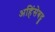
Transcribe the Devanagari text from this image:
अहिंसेबद्द्ल